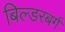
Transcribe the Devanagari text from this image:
बिल्डरबर्ग